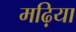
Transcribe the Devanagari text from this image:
मढ़िया